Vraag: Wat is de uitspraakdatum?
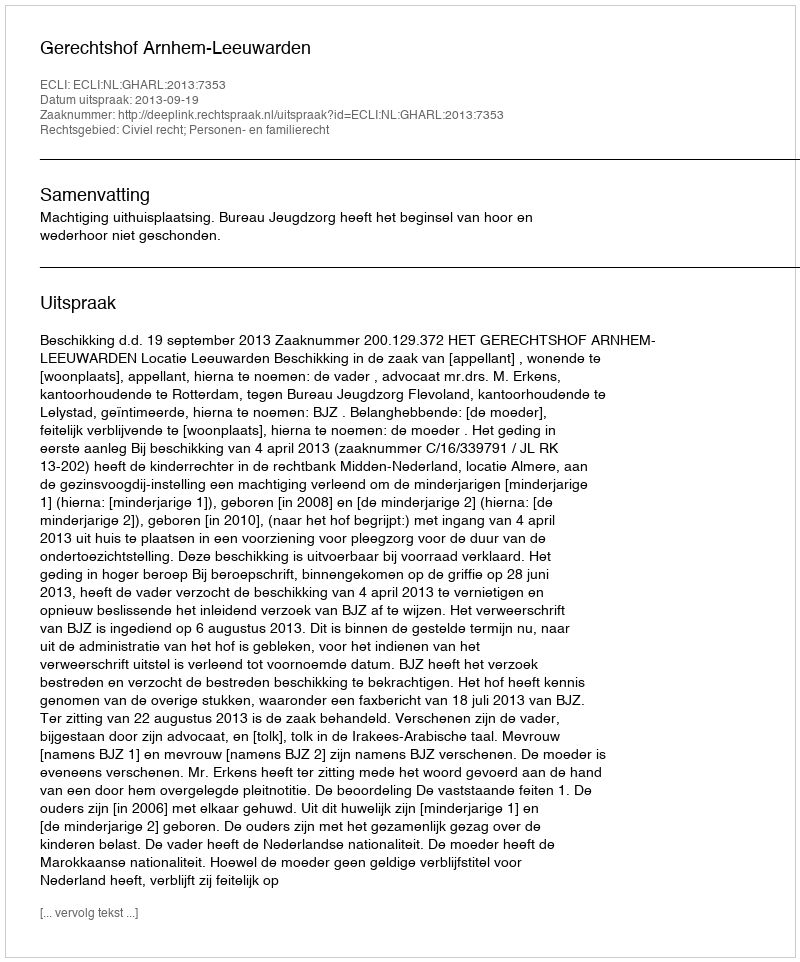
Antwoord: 2013-09-19